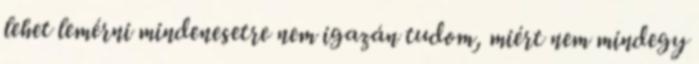
lehet lemérni mindenesetre nem igazán tudom, miért nem mindegy